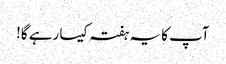
آپ کا یہ ہفتہ کیسا رہے گا!